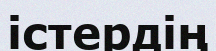
істердің